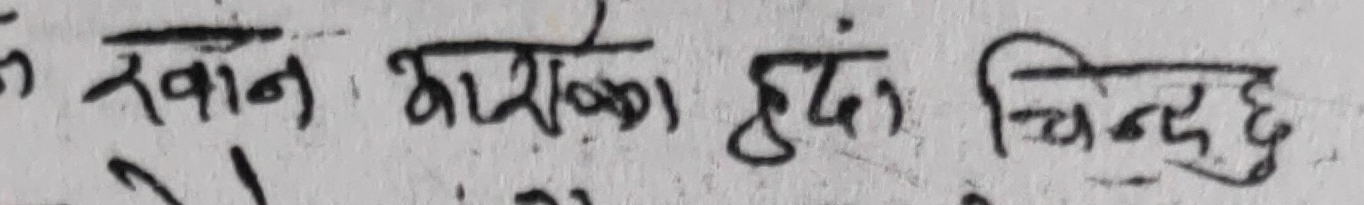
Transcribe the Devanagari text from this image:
ख खान कारखाना हुँदा चिन्छु